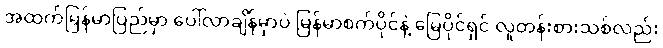
အထက်မြန်မာပြည်မှာ ပေါ်လာချိန်မှာပဲ မြန်မာစက်ပိုင်နဲ့ မြေပိုင်ရှင် လူတန်းစားသစ်လည်း